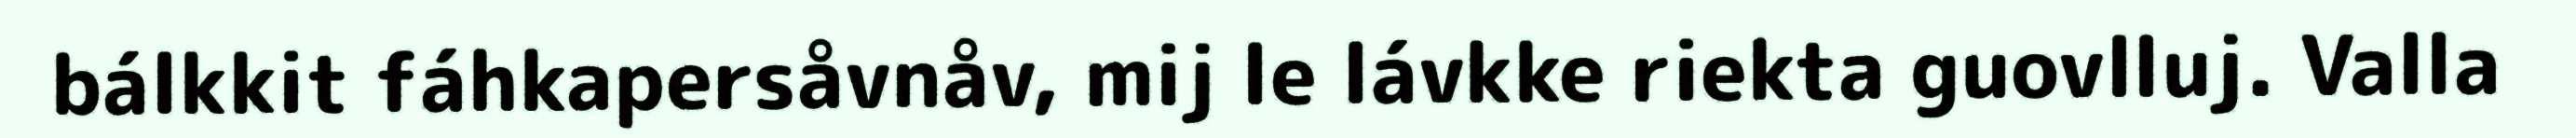
bálkkit fáhkapersåvnåv, mij le lávkke riekta guovlluj. Valla